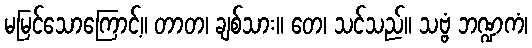
မမြင်သောကြောင့်။ တာတ၊ ချစ်သား။ တေ၊ သင်သည်။ သဗ္ဗံ ဘဏ္ဍကံ၊